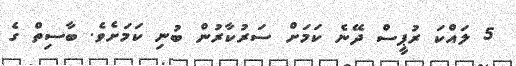
5 ލައްކަ ރުޕީސް ދޭނެ ކަމަށް ސަރުކާރުން ބުނި ކަމަށެވެ. ބާސިތް ގެ